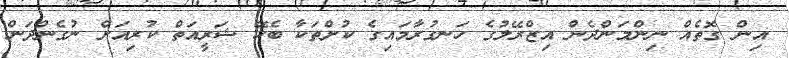
އިން ގޮތެއް ނިންމަންދެން އިޒްރޭލުގެ ހަނގުރާމައިގެ ކުށްތަކާ ބެހޭ ޝަރީއަތް ކުރިއަށް ނުގެންދަން